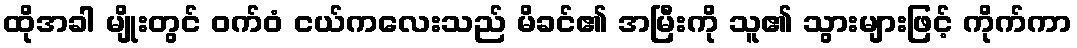
ထိုအခါ မျိုးတွင် ဝက်ဝံ ငယ်ကလေးသည် မိခင်၏ အမြီးကို သူ၏ သွားများဖြင့် ကိုက်ကာ